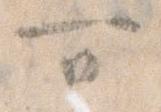
可